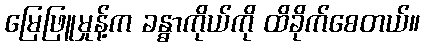
မြေဖြူမှုန့်က ခန္ဓာကိုယ်ကို ထိခိုက်စေတယ်။